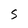
Character: S